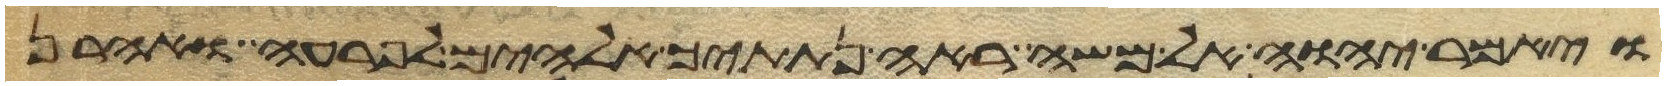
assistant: ויאמר יהוה אל משה ראה נתתיך אלהים לפרעה ואהרן